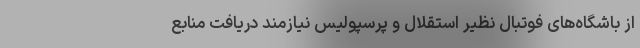
از باشگاه‌های فوتبال نظیر استقلال و پرسپولیس نیازمند دریافت منابع